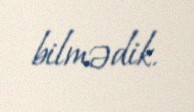
bilmədik.